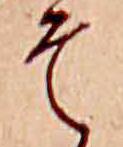
そ